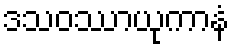
ဒသဝဿာယုကာနံ